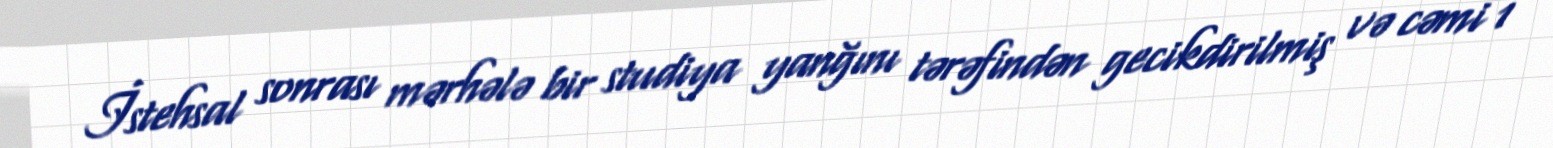
İstehsal sonrası mərhələ bir studiya yanğını tərəfindən gecikdirilmiş və cəmi 1